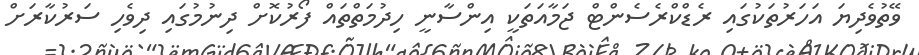
ވޭތުވެދިޔަ އަހަރުތަކުގައި ރެޑްކްރެސެންޓް ޖަމާއަތަކީ އިންސާނީ ހިދުމަތްތައް ފޯރުކޮށް ދިނުމުގައި ދިވެހި ސަރުކާރަށް